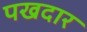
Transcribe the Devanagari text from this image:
पखदार